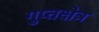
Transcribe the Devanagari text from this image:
गुप्तक्षेत्र